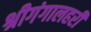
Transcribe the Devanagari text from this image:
श्रीगंगालहरी